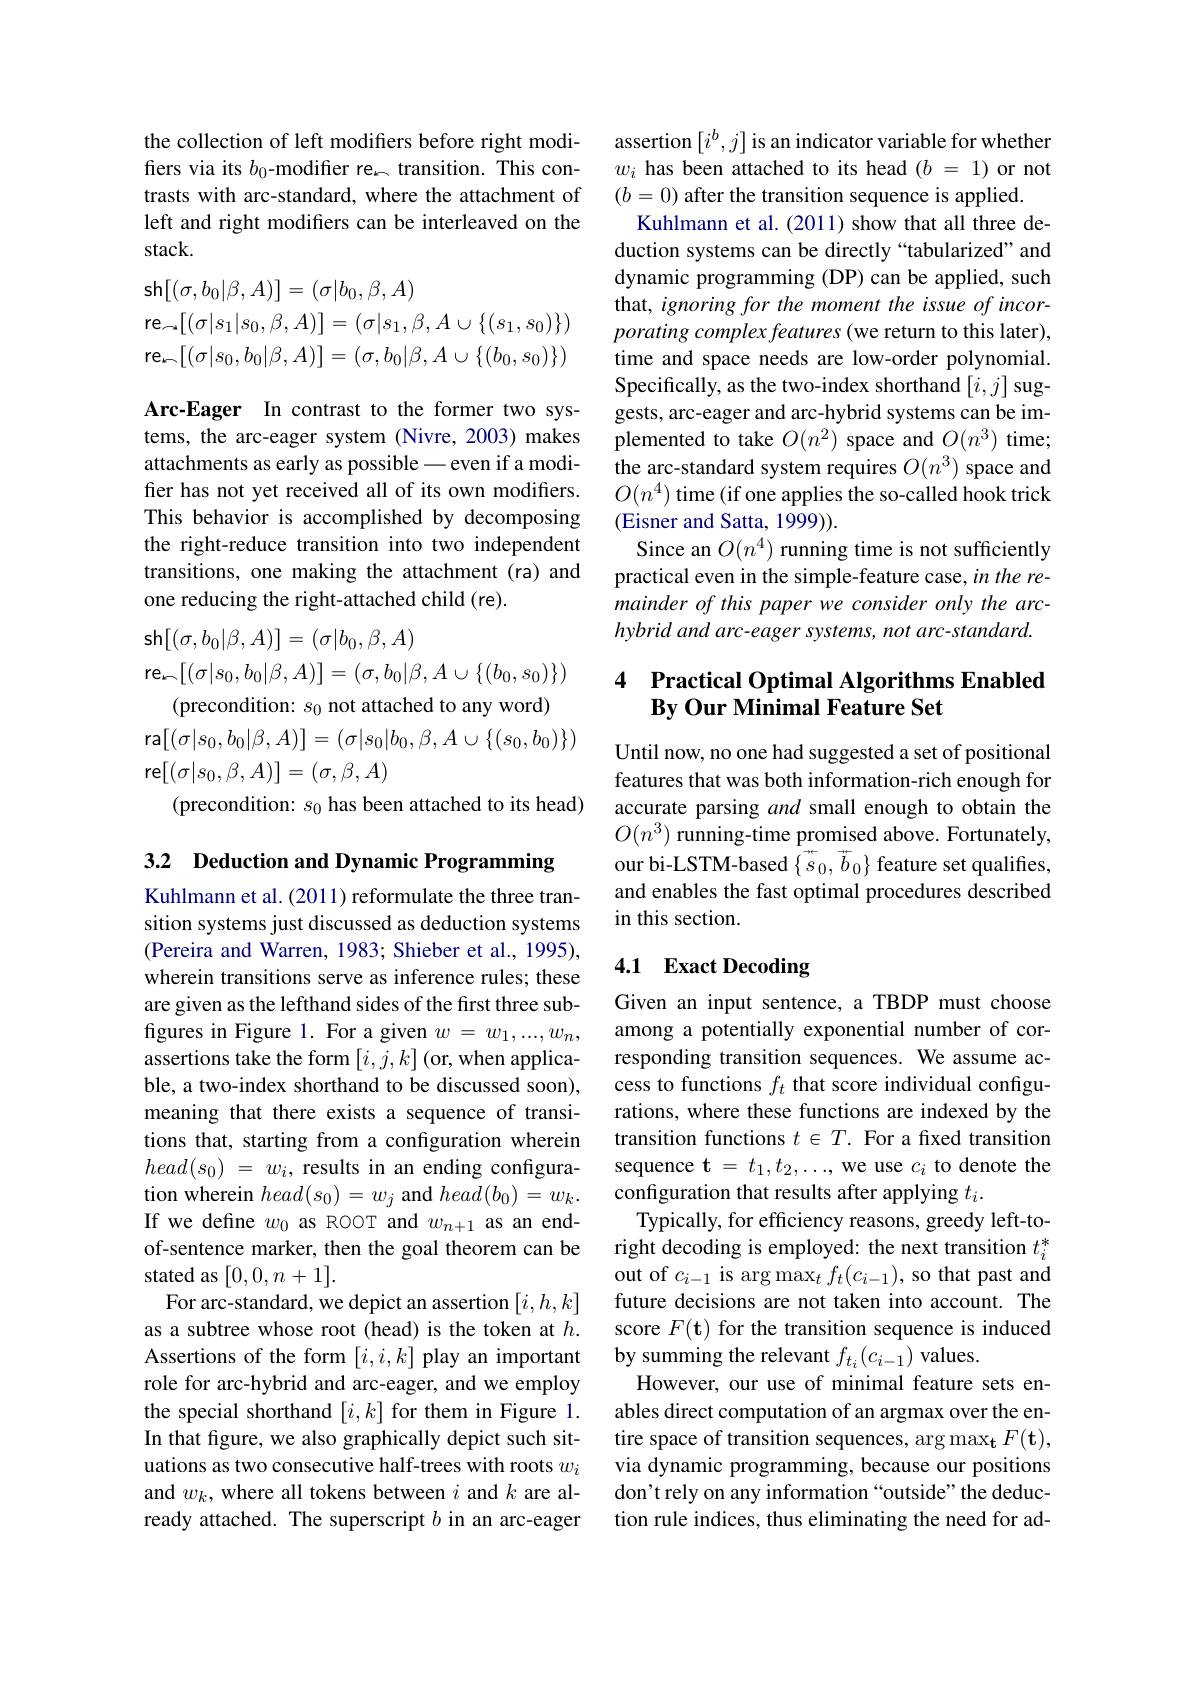
the collection of left modifers before right modifiers via its $b_0$-modifier re$_\mathrm{\kappa}$ transition. This contrasts with arc-standard, where the attachment of left and right modifiers can be interleaved on the stack.
$$\begin{aligned}&\mathsf{sh}[(\sigma,b_{0}|\beta,A)]=(\sigma|b_{0},\beta,A)\\&\mathsf{re}_{\sim}[(\sigma|s_{1}|s_{0},\beta,A)]=(\sigma|s_{1},\beta,A\cup\{(s_{1},s_{0})\})\\&\mathsf{re}_{\sim}[(\sigma|s_{0},b_{0}|\beta,A)]=(\sigma,b_{0}|\beta,A\cup\{(b_{0},s_{0})\})\end{aligned}$$
Arc-Eager In contrast to the former two systems, the arc-eager system (Nivre, 2003) makes attachments as early as possible - even if a modifier has not yet received all of its own modifiers. This behavior is accomplished by decomposing the right-reduce transition into two independent transitions, one making the attachment (ra) and one reducing the right-attached child (re).
$$\text{sh}[(\sigma,b_0|\beta,A)]=(\sigma|b_0,\beta,A)$$
re$_n[(\sigma|s_0,b_0|\beta,A)]=(\sigma,b_0|\beta,A\cup\{(b_0,s_0)\})$
(precondition: $s_0$ not attached to any word)
ra$[(\sigma|s_0,b_0|\beta,A)]=(\sigma|s_0|b_0,\beta,A\cup\{(s_0,b_0)\})$
re$[(\sigma|s_0,\beta,A)]=(\sigma,\beta,A)$
(precondition: $s_0$ has been attached to its head)

3.2 Deduction and Dynamic Programming

Kuhlmann et al. (2011) reformulate the three transition systems just discussed as deduction systems (Pereira and Warren, 1983; Shieber et al., 1995), wherein transitions serve as inference rules; these are given as the lefthand sides of the first three subfigures in Figure 1. For a given $w=w_1,...,w_n$, assertions take the form $[i,j,k]$ (or, when applicable, a two-index shorthand to be discussed soon), meaning that there exists a sequence of transitions that, starting from a configuration wherein $head( s_0)$ = $w_i$, results in an ending configuration wherein $head(s_0)=w_j$ and $head(b_0)=w_k.$ If we define $w_0$ as ROOT and $w_{n+1}$ as an endof-sentence marker, then the goal theorem can be stated as $[0,0,n+1].$
For arc-standard, we depict an assertion $[i,h,k]$ as a subtree whose root (head) is the token at $h.$ Assertions of the form $[i,i,k]$ play an important role for arc-hybrid and arc-eager, and we employ the special shorthand $[i,k]$ for them in Figure 1. In that figure, we also graphically depict such situations as two consecutive half-trees with roots $w_i$ and $w_k$, where all tokens between $i$ and $k$ are already attached. The superscript $b$ in an arc-eager

assertion$\left[i^b,j\right]$is an indicator variable for whether $w_i$ has been attached to its head $(b=1)$ or not $(b=0)$ after the transition sequence is applied.
Kuhlmann et al.(2011) show that all three deduction systems can be directly“tabularized”and dynamic programming (DP) can be applied, such that, ignoring for the moment the issue of incorporating complex features (we return to this later), time and space needs are low-order polynomial. Specifically, as the two-index shorthand $[i,j]$ suggests, arc-eager and arc-hybrid systems can be implemented to take $O(n^{2})$ space and $O(n^{3})$ time; the arc-standard system requires $O(n^3)$ space and $O(n^4)$ time (if one applies the so-called hook trick (Eisner and Satta, 1999)).
Since an $O(n^4)$ running time is not sufficiently practical even in the simple-feature case, in the remainder of this paper we consider only the archybrid and arc-eager systems, not arc-standard.

## 4 Practical Optimal Algorithms Enabled By Our Minimal Feature Set

Until now, no one had suggested a set of positional features that was both information-rich enough for accurate parsing and small enough to obtain the $O(n^{3})$ running-time promised above. Fortunately, our bi-LSTM-based $\{\vec{s}_0,\vec{b}_0\}$ feature set qualifies, and enables the fast optimal procedures described in this section.

# 4.1 Exact Decoding

Given an input sentence, a TBDP must choose among a potentially exponential number of corresponding transition sequences. We assume access to functions $f_t$ that score individual configurations, where these functions are indexed by the transition functions $t\in T.$ For a fixed transition sequence t $=t_1,t_2,\ldots$, we use $c_i$ to denote the configuration that results after applying $t_i.$
Typically, for efficiency reasons, greedy left-toright decoding is employed: the next transition $t_i^*$ out of $c_i-1$ is arg max$_tf_t(c_{i-1})$, so that past and future decisions are not taken into account. The score $F(\mathbf{t})$ for the transition sequence is induced by summing the relevant $f_{t_i}(c_{i-1})$ values.
However, our use of minimal feature sets enables direct computation of an argmax over the entire space of transition sequences, arg maxt $F(\mathbf{t})$, via dynamic programming, because our positions don't rely on any information“outside”the deduction rule indices, thus eliminating the need for ad-